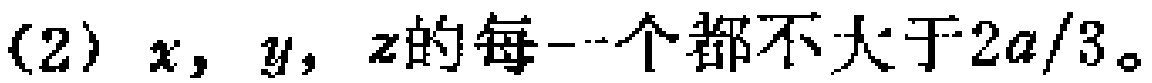
(2) \(x,y,z\)的每一个都不大于\(2a/3\)。